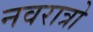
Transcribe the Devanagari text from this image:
नवरात्रो